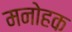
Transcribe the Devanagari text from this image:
मनोहक